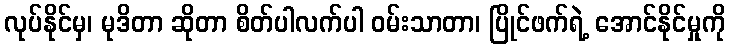
လုပ်နိုင်မှ၊ မုဒိတာ ဆိုတာ စိတ်ပါလက်ပါ ဝမ်းသာတာ၊ ပြိုင်ဖက်ရဲ့ အောင်နိုင်မှုကို